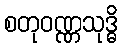
စတုဝဏ္ဏသုဒ္ဓိ